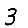
Digit: 3